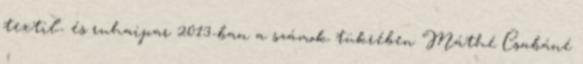
textil- és ruhaipar 2013-ban a számok tükrében Máthé Csabáné